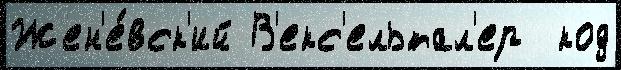
Жен'е́вск'ий В'екс'ельтал'ер  код